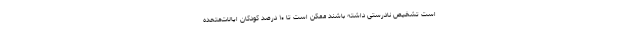
است تشخیص نادرستی داشته باشند ممکن است تا ۱۰ درصد کودکان ایالات‌متحده